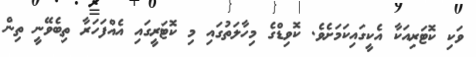
ވަކި ކޮޓަރިއަކާ އެކީގައިކަމަށެވެ. ކޮވިޑްގެ މިހާލަތުގައި މި ކޮޓަރީގައި އެއްފަހަރާ ތިބެވޭނީ ތިން